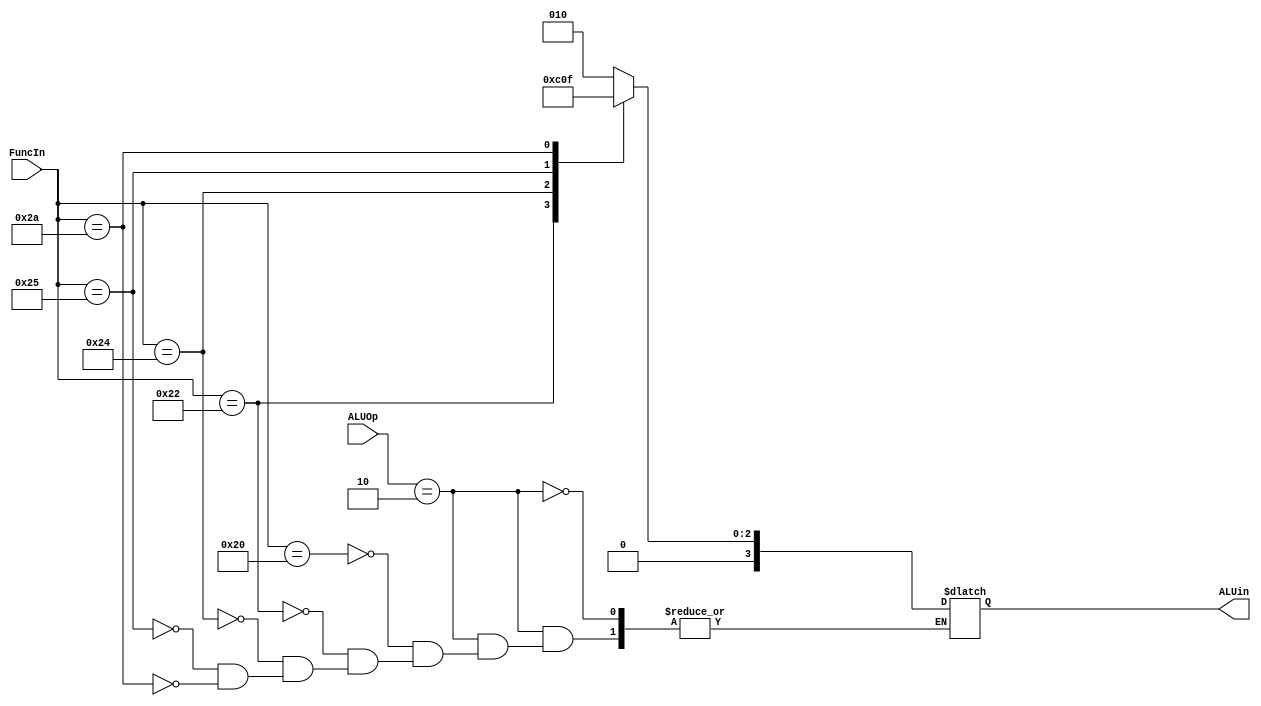
module ALUControl (
    input [5:0]FuncIn,
    input [1:0]ALUOp,
    output reg [3:0]ALUin
);


always @(*) begin
    if (ALUOp == 2'b10) begin
        case (FuncIn)
            6'b100000:
                ALUin = 4'b0010;
            6'b100010:
                ALUin = 4'b0110;
            6'b100100:
                ALUin = 4'b0000;
            6'b100101:
                ALUin = 4'b0001;
            6'b101010:
                ALUin = 4'b0111; 
        endcase
    end
end


endmodule